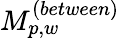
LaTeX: M_{p,w}^{(between)}